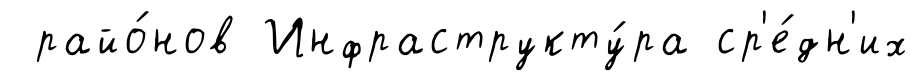
райо́нов Инфраструкту́ра ср'е́дн'их